65_HS1-834228961_62-HQ-83894_Serial_130
Agency: FBI
Page 33
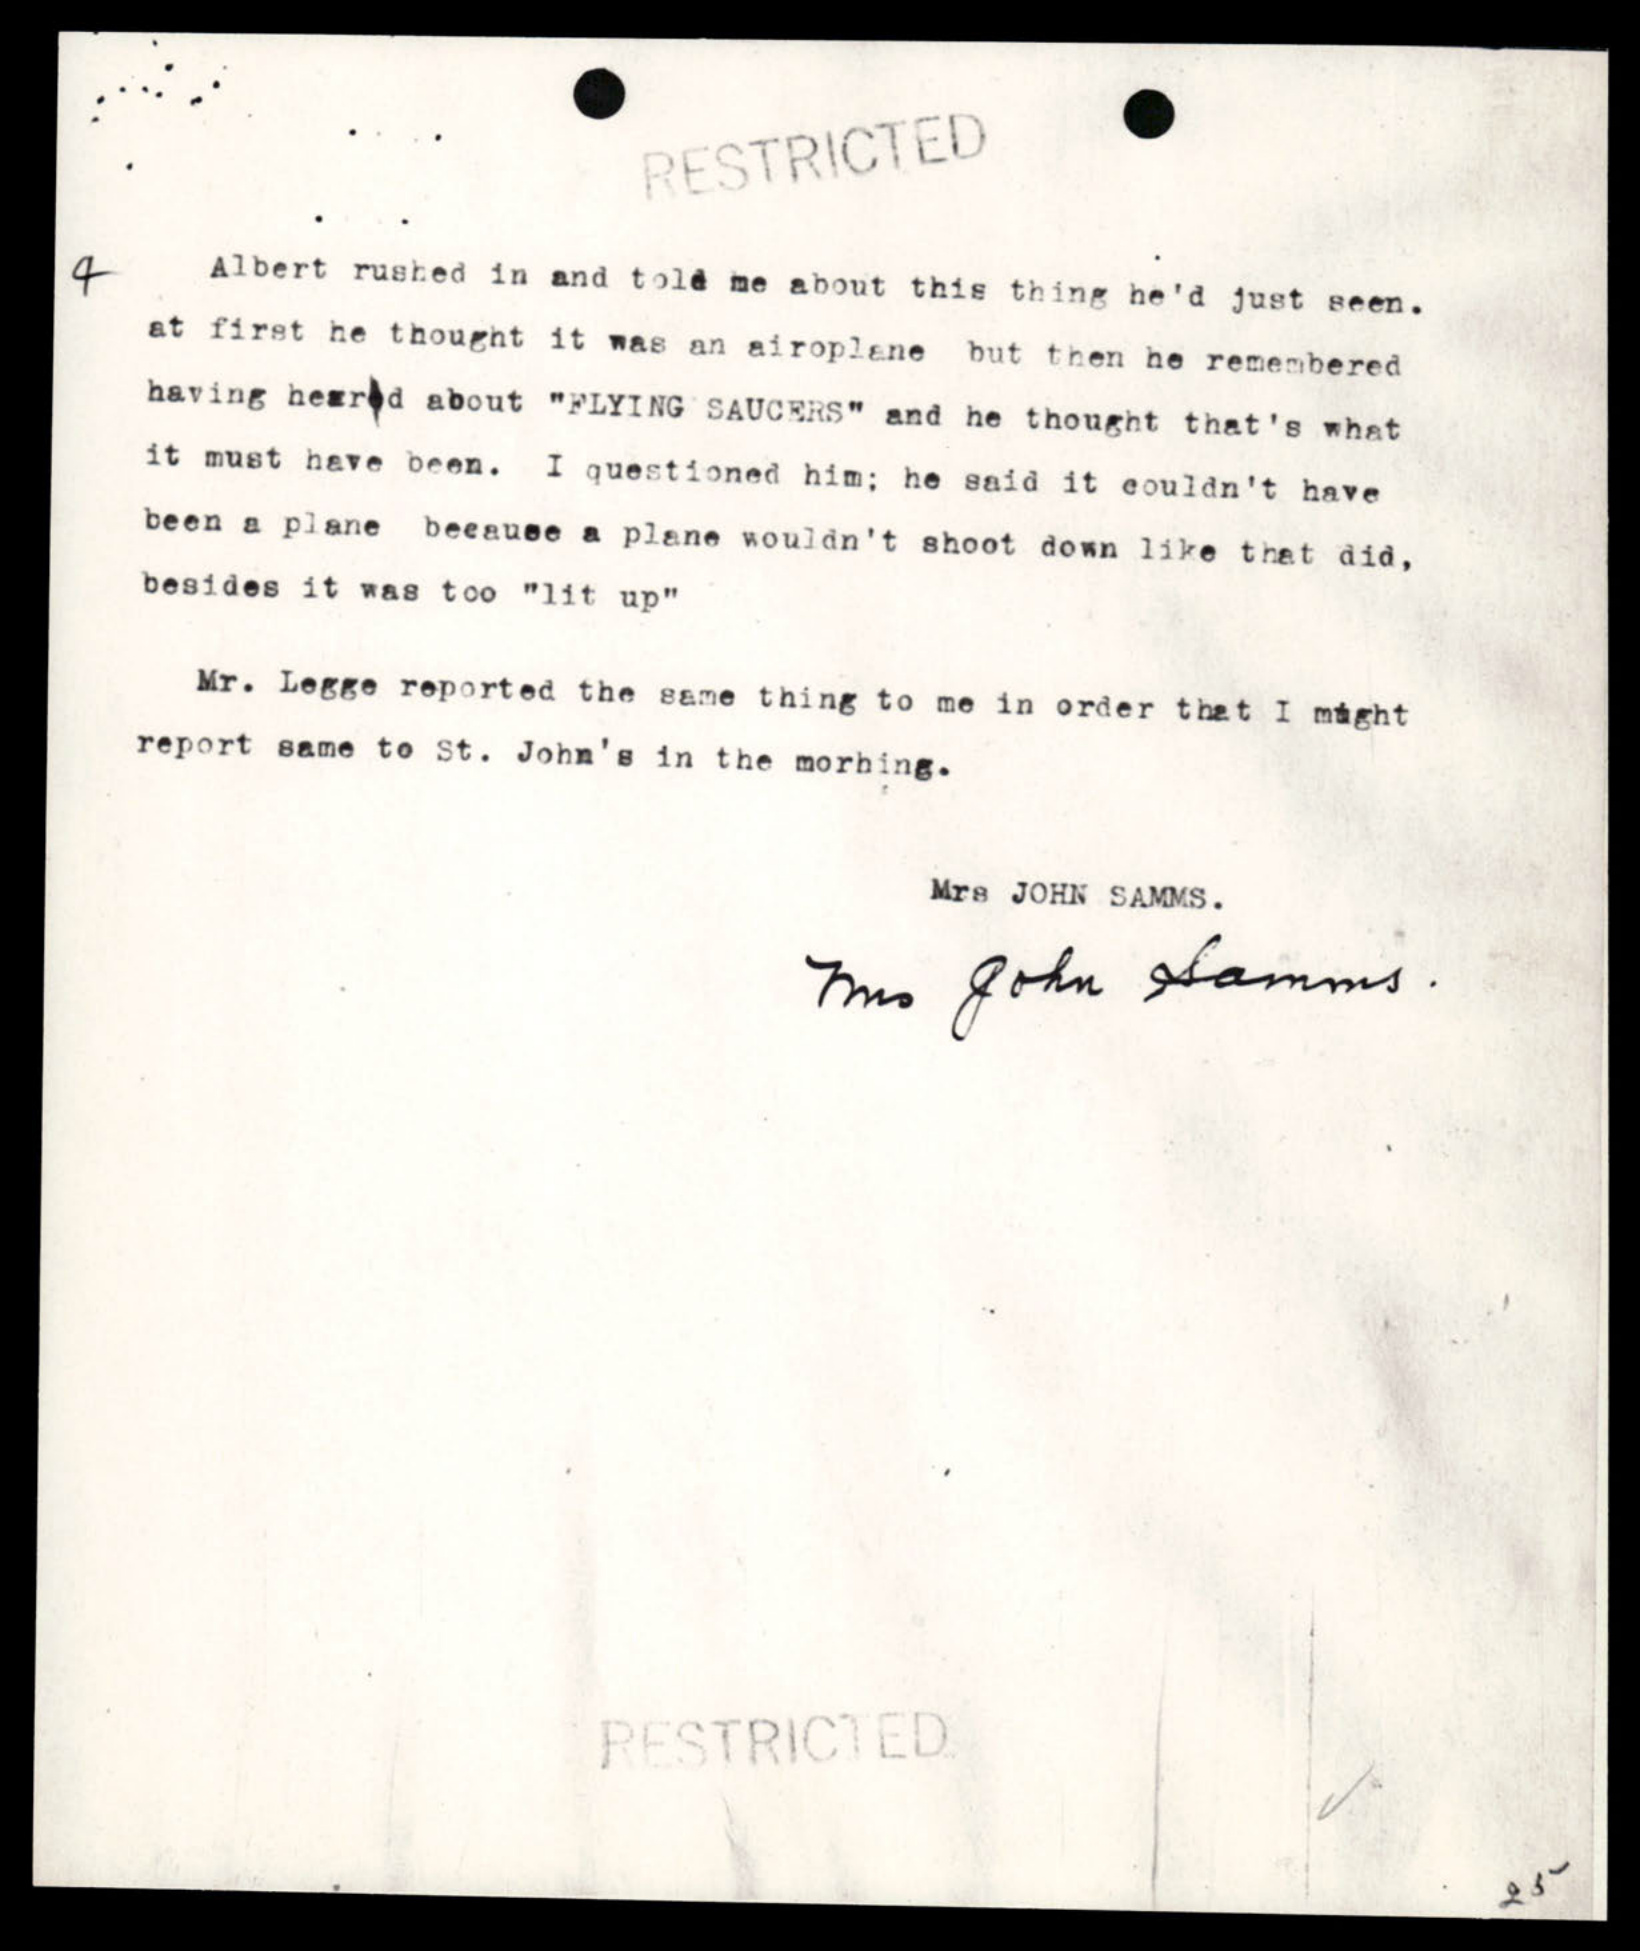